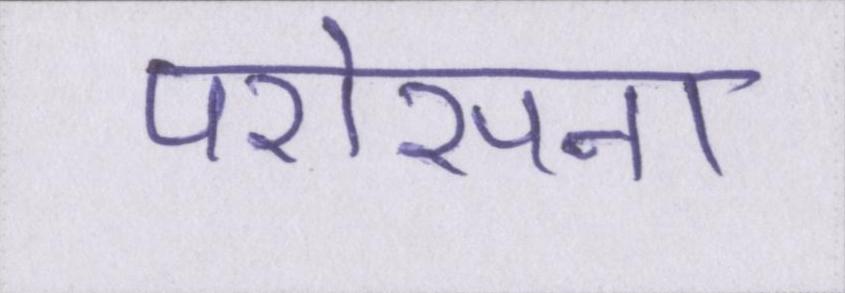
परोसना